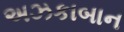
અઝકાબાન